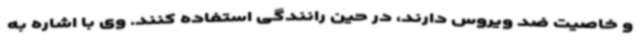
و خاصیت ضد ویروس دارند، در حین رانندگی استفاده کنند. وی با اشاره به